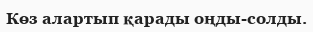
Көз алартып қарады оңды-солды.